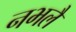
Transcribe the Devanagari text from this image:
नभलै